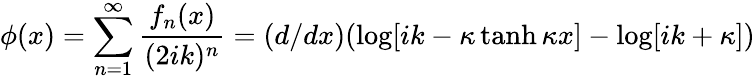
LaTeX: \phi(x)=\sum_{n=1}^{\infty}{\frac{f_{n}(x)}{(2ik)^{n}}}=(d/dx)(\log[ik-\kappa\operatorname{tanh}\kappa x]-\log[ik+\kappa])